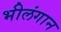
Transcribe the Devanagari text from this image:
भीलंगान